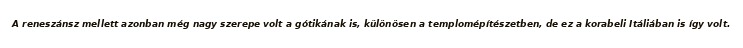
A reneszánsz mellett azonban még nagy szerepe volt a gótikának is, különösen a templomépítészetben, de ez a korabeli Itáliában is így volt.